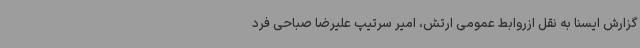
گزارش ایسنا به نقل ازروابط عمومی ارتش، امیر سرتیپ علیرضا صباحی فرد